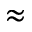
\approx